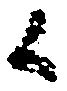
候